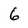
Character: 6